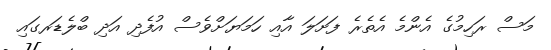
މަސް ރަހިމުގެ އެންމެ އެތެރެ ފަށަލަ އާއި ހަމަޔަށްވެސް އުފެދި އަދި ބްލެޑަރގައި